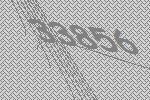
33856